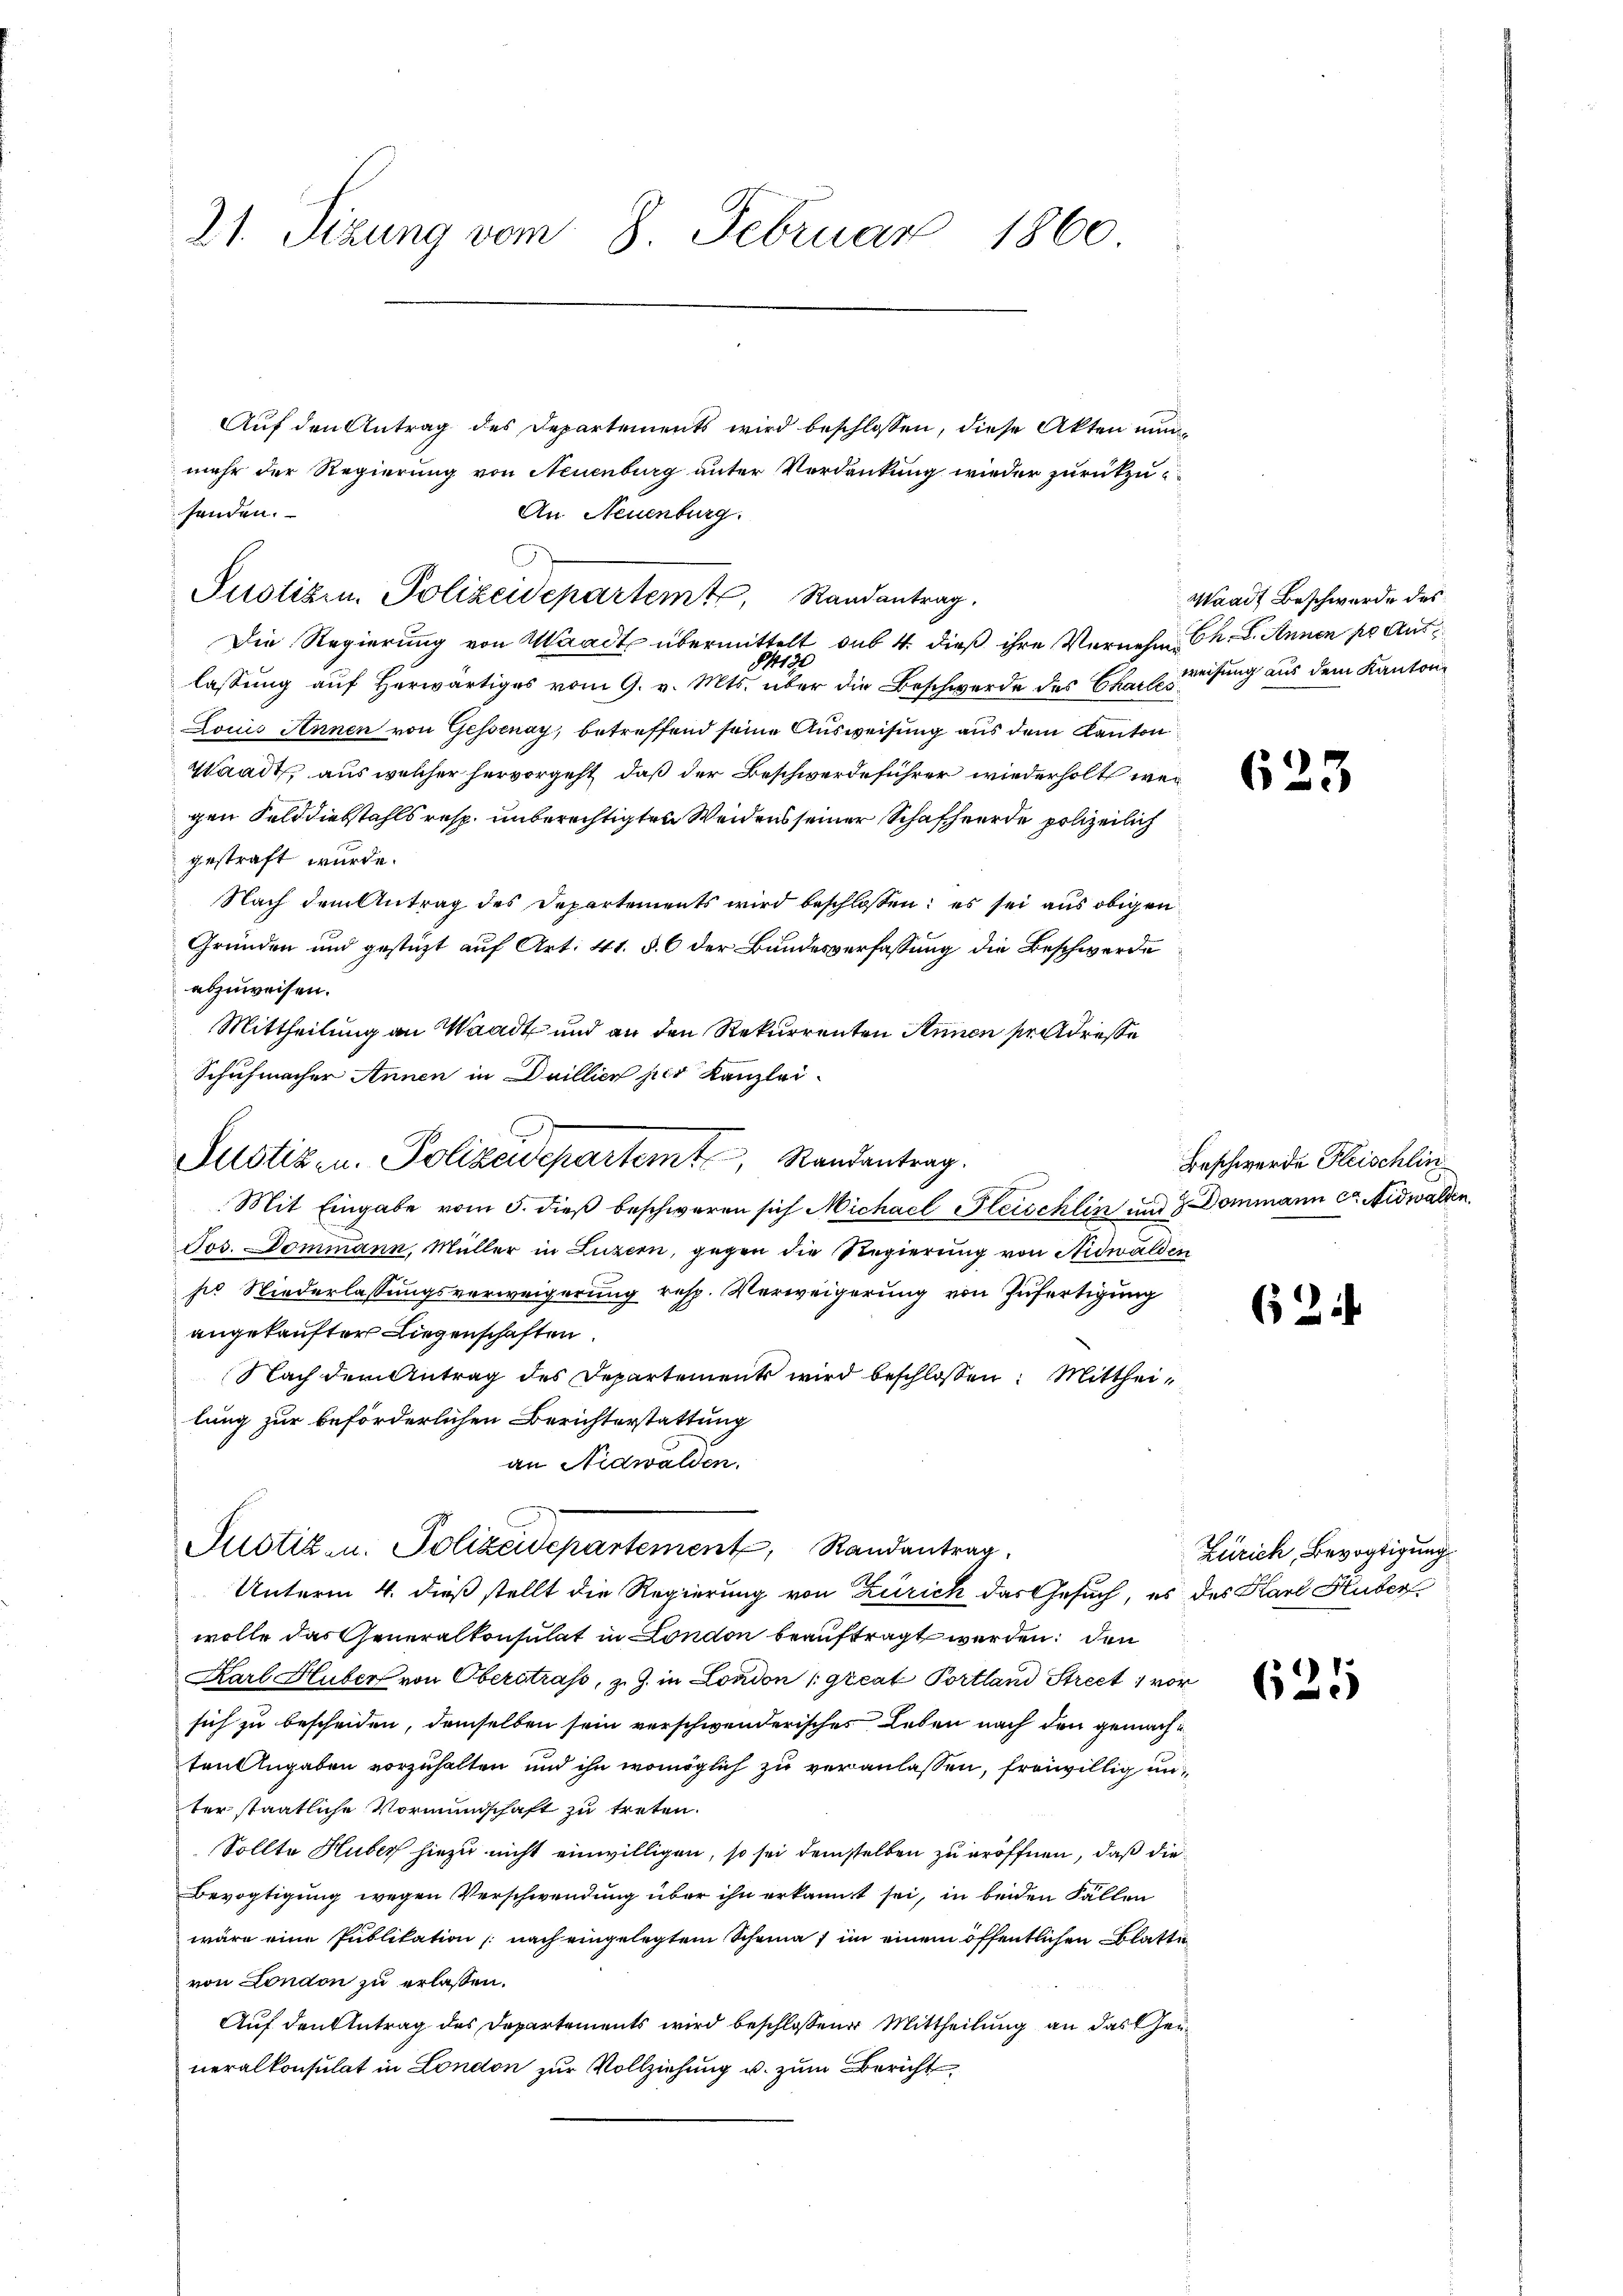
21. Sizung vom 8. Februar 1860

Auf den Antrag des Departements wird beschlossen, diese Akten nunmehr der Regierung von Neuenburg unter Verdankung wieder zurückzusenden.
An Neuenburg.
Die Regierung von Waadt übermittelt das 4. dieß ihre Vernehm Ch. 2. Annen pr Aus¬
84190
lassung auf herwärtiges vom 9. v. Mts. über die Beschwerde des Eheweisung aus dem Kanton
Louis Annen von Gessenay, betreffend seine Ausweisung aus dem Kanton
Waadt, aus welcher hervorgeht, daß der Beschwerdeführer wiederholt wer
gen Felddiebstahls resp. unberechtigten Weidens seiner Schafherde polizeilich
gestraft wurde.
Nach dem Antrag des Departements wird beschlossen; es sei aus obigen
Gründen und gestüzt auf Art. 41. §. 6 der Bundesverfassung die Beschwerde
abzuweisen.
Mittheilung an Waadt und an den Rekurrenten Annen soll drasse
Schuhmacher Annen in Daillien per Kanzlei-
Justizen. Polizeidepartemt, Randantrag.
Mit Eingabe vom 5. dieß beschweren sich Michael Fleischlin und Dommann ca Nidwalden,
Jos. Dommann, Müller in Luzern, gegen die Regierung von Nidwalden
ses Niederlassungsverweigerung resp. Verweigerung von Zufertigung
angekaufter Liegenschaften
Nach dem Antrag des Departement wird beschlossen: Mittheilung zur beförderlichen Berichterstattung
an Nidwalden.

Justizen, Polizeidepartemt, Randantrag.

wolle das Generalkonsulat in London beauftragt werden; den
Karl Huber von Oberstrass, z. Z. in London (Great Portland Street vor
sich zu bescheiden, demselben sein verschwenderisches Leben nach den gemachten Angaben vorzuhalten und ihn womöglich zu veranlassen, freiwillig unter staatliche Vormundschaft zu treten.
Sollte Huber hiezu nicht einwilligen, so sei demselben zu eröffnen, daß die
Bevogtigung wegen Verschwendung über ihn erkannt sei, in beiden Fällen
wäre eine Publikation (nach eingelegtem Scheina, im einem öffentlichen Blatte
von London zu erlassen.
Auf den Antrag des Departements wird beschlossener Mittheilung an das Genneralkonsulat in London zur Vollziehung u. zum Bericht

Justiz- u. Polizeidepartement, Randantrag.
Unterm 4. dieß stellt die Regierung von Zürich das Gesuch, es des Karl Huber

Waadt Beschwerde des

623

Beschwerde Fleischlin

621

Zürich, Bevogtigung

625